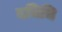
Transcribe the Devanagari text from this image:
दधिचि